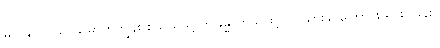
မိလိန္ဒ-ပါ-၉၁၊ မြောက်ကျွန်း စသည်သို့ ဤခန္ဓာကိုယ်ဖြင့်ပင် သွားနိုင်ကြောင်း ရှင်းပြခန်း။